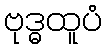
ဗုဒ္ဓထူပံ